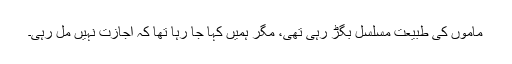
ماموں کی طبیعت مسلسل بگڑ رہی تھی، مگر ہمیں کہا جا رہا تھا کہ اجازت نہیں مل رہی۔